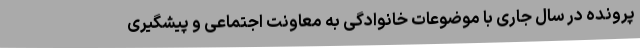
پرونده در سال جاری با موضوعات خانوادگی به معاونت اجتماعی و پیشگیری